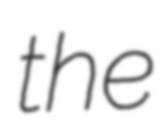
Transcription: the